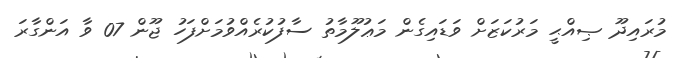
މުރައިދޫ ޞިއްޙީ މަރުކަޒަށް ވަޑައިގެން މަޢުލޫމާތު ސާފުކުރެއްވުމަށްފަހު ޖޫން 07 ވާ އަންގާރަ